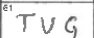
Transcription: TUG